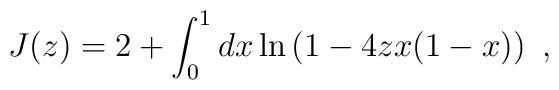
J(z) = 2 + \int_{0}^{1} dx \ln \left(1 - 4 z x(1-x) \right) \ ,